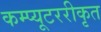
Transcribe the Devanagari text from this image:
कम्प्यूटररीकृत